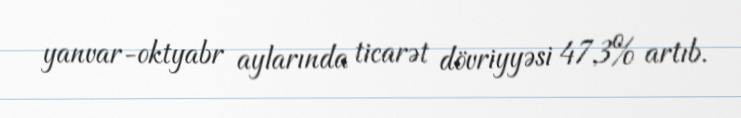
yanvar-oktyabr aylarında ticarət dövriyyəsi 47,3% artıb.